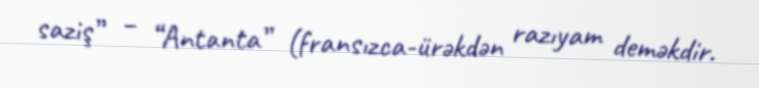
saziş” – “Antanta” (fransızca-ürəkdən razıyam deməkdir.